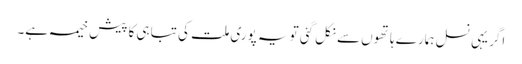
اگر یہی نسل ہمارے ہاتھوں سے نکل گئی تو یہ پوری ملت کی تباہی کا پیش خیمہ ہے۔